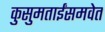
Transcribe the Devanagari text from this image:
कुसुमताईंसमवेत